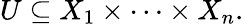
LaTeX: U\subseteq X_{1}\times\cdots\times X_{n}.